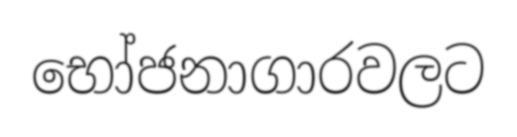
භෝජනාගාරවලට